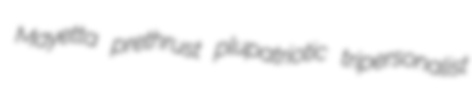
Mayetta prethrust plupatriotic tripersonalist